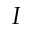
I